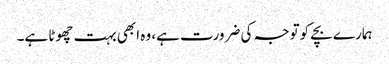
ہمارے بچے کوتوجہ کی ضرورت ہے، وہ ابھی بہت چھوٹا ہے۔